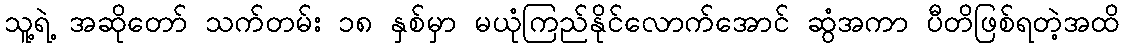
သူ့ရဲ့ အဆိုတော် သက်တမ်း ၁၈ နှစ်မှာ မယုံကြည်နိုင်လောက်အောင် ဆွံအကာ ပီတိဖြစ်ရတဲ့အထိ